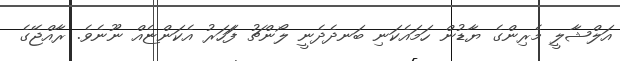
އަލްޝާލީ މެރިންގެ ޔާޑުން ހަމައެކަނި ބަނދެދެނީ ލޯންޗު ފަަހަރު އެކަންޏެއް ނޫނެވެ. ރާއްޖޭގެ